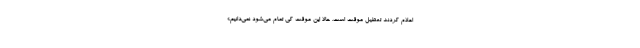
اعلام کردند تعطیل موقت است. حالا این موقت کی تمام می‌شود نمی‌دانیم.»